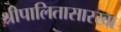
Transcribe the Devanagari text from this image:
श्रीपालितासारखा